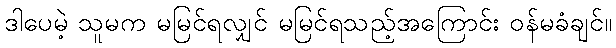
ဒါပေမဲ့ သူမက မမြင်ရလျှင် မမြင်ရသည့်အကြောင်း ဝန်မခံချင်။